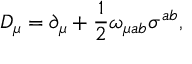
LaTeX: ~ ~ ~ ~ D _ { \mu } = \partial _ { \mu } + \frac 1 2 \omega _ { \mu a b } \sigma ^ { a b } ,